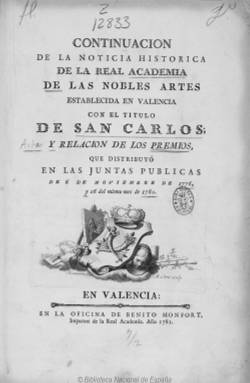
Título: Continuación de la Noticia histórica de la Real Academia de las Nobles Artes ... de San Carlos, y relación de los premios ...
Otros títulos: Continuación de la noticia histórica de la Real Academia de las Nobles Artes, establecida en Valencia con el título de San Carlos, y relación de los premios ...
Colección: Anuarios e informes
Ámbito geográfico: Valencia
Lugar de publicación: Valencia
Fechas: 01/01/1776-31/12/1783

En el primer volumen de este título se integra la segunda de las memorias de la Real Academia de Bellas Artes de San Carlos de Valencia, que había quedado establecida y dotada en 1768, y que seguirá el modelo de la de San Fernando. Se trata de un tipo de institución que se desarrolla tras la llegada de los Borbones a la Corona de España a lo largo del siglo XVIII bajo el ideario de la Ilustración, perdurando hasta nuestros días. La primera memoria de la academia valenciana había sido estampada en 1773 con motivo de la primera distribución de premios de ese año (y también forma parte de la colección digitalizada de la BNE).

Esta segunda, publicada en 1781, es un impreso de 156 páginas foliadas que contiene el resumen de sus actas desde el 18 de agosto de 1773, en las que se narran sus actividades, y da cuenta también de la distribución de premios concedidos a los discípulos en las juntas públicas celebradas el seis de noviembre de 1776 y el 26 de noviembre de 1780, en las diferentes disciplinas, siendo las principales pintura, escultura, arquitectura y grabado de láminas.

Inserta asimismo un catálogo de los individuos de la academia, que forman sus órganos de gobierno, sus diferentes clases de académicos y de directores de las diversas disciplinas artísticas con las que contaba, hasta 1780. Asimismo incluye una égloga del valenciano fray Luis Ballester (-1817), entonces prior del Convento de San Onofre de Padres Dominicos; y una silva de don Antonio Pallás.

El segundo volumen –de 86 páginas foliadas e impreso en 1784-  incluye un resumen de las actas de la academia desde el 26 de noviembre de 1780 y la relación de los premios distribuidos en la junta general del dos de septiembre de ese año y en la pública del primero de noviembre de 1783. También inserta el catálogo de individuos que forman la academia, con sus distintos cargos, así como una silva del catedrático y académico de honor don Vicente María Santibáñez, un vallisoletano destacado miembro del grupo del abate José Marchena, que en 1793 se encontrará en Bayona huido de la Inquisición, siendo detenido y ejecutado.

Ambas entregas, estampadas también por el impresor, editor y librero Benito Monfort (1715-1785), con una de las más bellas tipografías españolas del XVIII –junto a la de Ibarra- tienen portada propia en la que aparece un grabado alegórico de la academia (que ya había aparecido en el impreso de 1773), en cuyo pie se indican los nombres del grabador José Camarón Bonanat (1731-1803) y del escultor Manuel Bru (1736-1802); y una segunda hoja con la dedicatoria: Al Rey, nuestro señor [Carlos III].

A partir de 1786 se reanudará la publicación de estas memorias bajo el título Continuación de las actas de la Real Academia de las Nobles Artes… de San Carlos, que también forma parte de esta colección digital de la BNE.